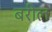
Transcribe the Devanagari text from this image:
बरील